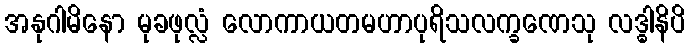
အနုဂါမိနော မုခဖုလ္လံ လောကာယတမဟာပုရိသလက္ခဏေသု လဒ္ဓါနိပိ